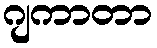
ဂျကာတာ